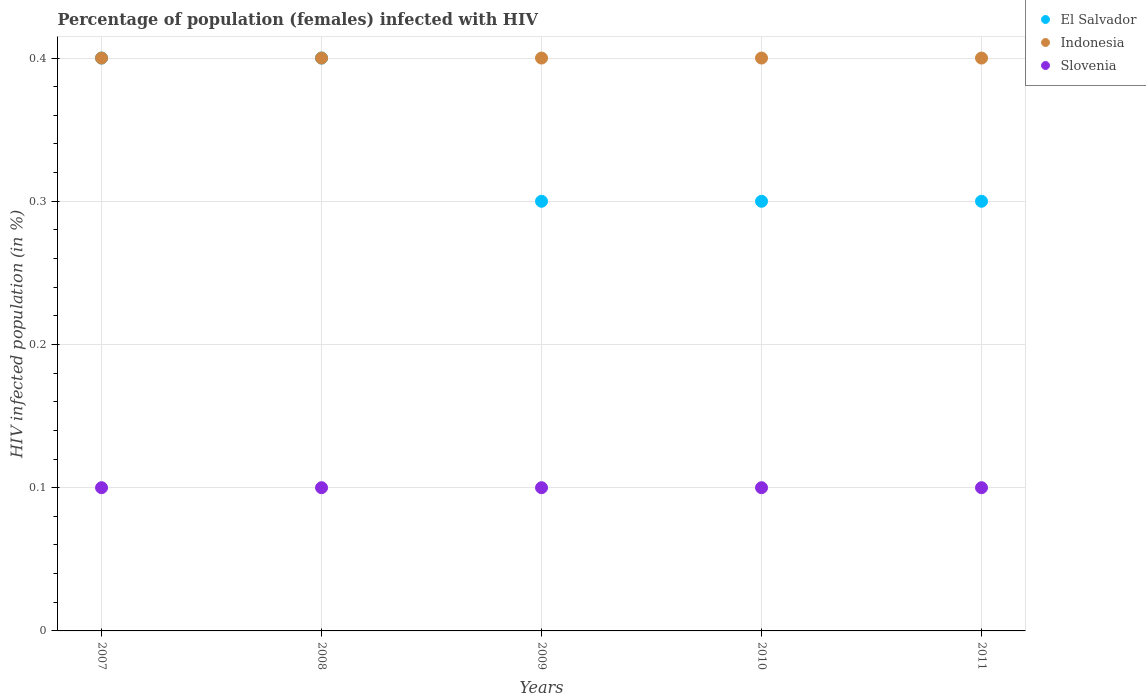
| Years | El Salvador | Indonesia | Slovenia |
 | --- | --- | --- | --- |
 | 2007 | 0.4 | 0.4 | 0.1 |
 | 2008 | 0.4 | 0.4 | 0.1 |
 | 2009 | 0.3 | 0.4 | 0.1 |
 | 2010 | 0.3 | 0.4 | 0.1 |
 | 2011 | 0.3 | 0.4 | 0.1 |